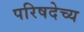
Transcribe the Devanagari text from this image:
परिषदेच्य